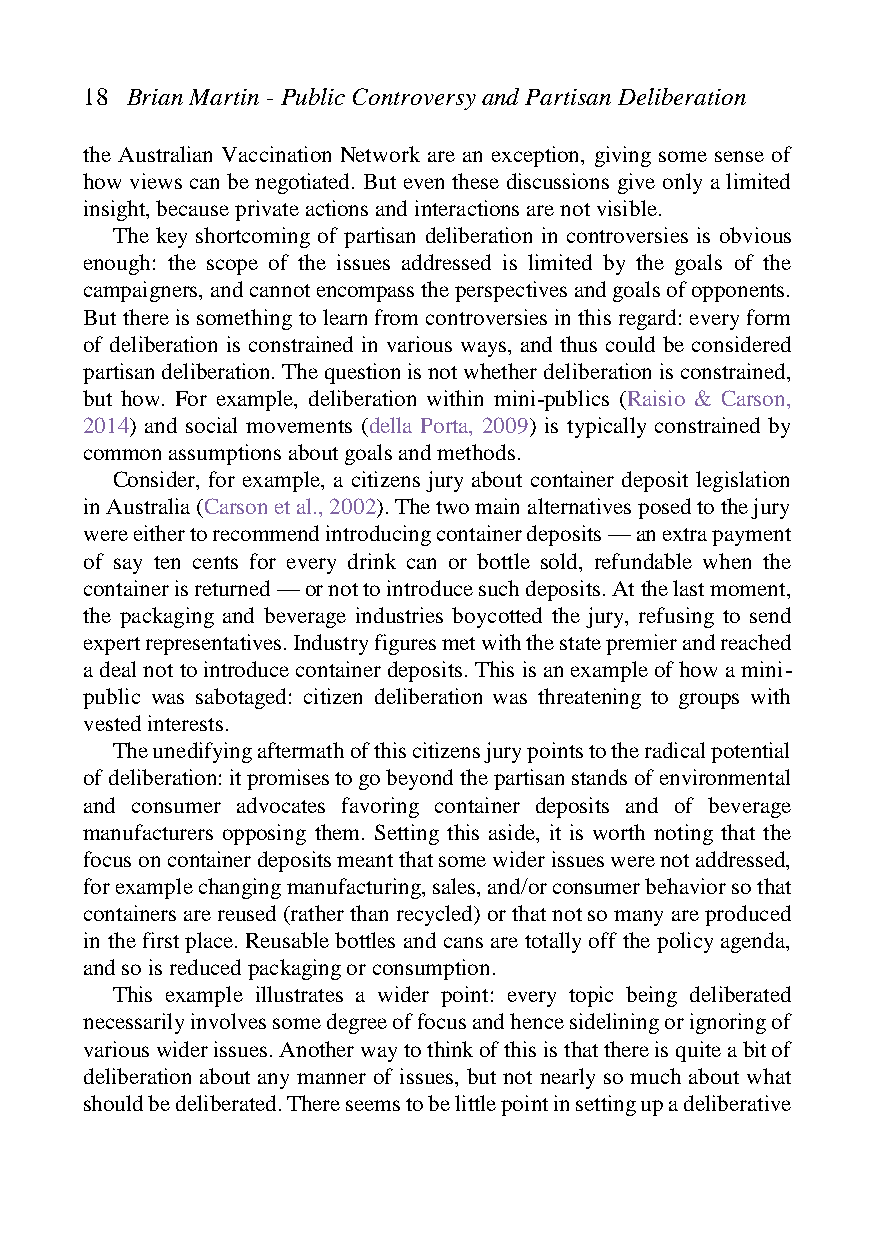
18 Brian Martin - Public Controversy and Partisan Deliberation
 the Australian Vaccination Network are an exception, giving some sense of
 how views can be negotiated. But even these discussions give only a limited
 insight, because private actions and interactions are not visible.
 The key shortcoming of partisan deliberation in controversies is obvious
 enough: the scope of the issues addressed is limited by the goals of the
 campaigners, and cannot encompass the perspectives and goals of opponents.
 But there is something to learn from controversies in this regard: every form
 of deliberation is constrained in various ways, and thus could be considered
 partisan deliberation. The question is not whether deliberation is constrained,
 but how. For example, deliberation within mini-publics (Raisio & Carson,
 2014) and social movements (della Porta, 2009) is typically constrained by
 common assumptions about goals and methods.
 Consider, for example, a citizens jury about container deposit legislation
 in Australia (Carson et al., 2002). The two main alternatives posed to the jury
 were either to recommend introducing container deposits — an extra payment
 of say ten cents for every drink can or bottle sold, refundable when the
 container is returned — or not to introduce such deposits. At the last moment,
 the packaging and beverage industries boycotted the jury, refusing to send
 expert representatives. Industry figures met with the state premier and reached
 a deal not to introduce container deposits. This is an example of how a mini-
 public was sabotaged: citizen deliberation was threatening to groups with
 vested interests.
 The unedifying aftermath of this citizens jury points to the radical potential
 of deliberation: it promises to go beyond the partisan stands of environmental
 and consumer advocates favoring container deposits and of beverage
 manufacturers opposing them. Setting this aside, it is worth noting that the
 focus on container deposits meant that some wider issues were not addressed,
 for example changing manufacturing, sales, and/or consumer behavior so that
 containers are reused (rather than recycled) or that not so many are produced
 in the first place. Reusable bottles and cans are totally off the policy agenda,
 and so is reduced packaging or consumption.
 This example illustrates a wider point: every topic being deliberated
 necessarily involves some degree of focus and hence sidelining or ignoring of
 various wider issues. Another way to think of this is that there is quite a bit of
 deliberation about any manner of issues, but not nearly so much about what
 should be deliberated. There seems to be little point in setting up a deliberative